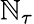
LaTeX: \mathbb{N}_{\tau}